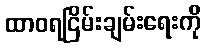
ထာဝရငြိမ်းချမ်းရေးကို